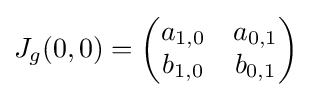
J_{g}(0,0)={\begin{pmatrix}a_{1,0}&a_{0,1}\\b_{1,0}&b_{0,1}\end{pmatrix}}